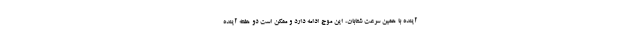
آینده با همین سرعت شتابان، این موج ادامه دارد و ممکن است دو هفته آینده